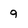
Character: g